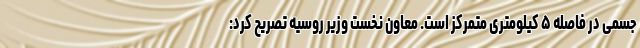
جسمی در فاصله ۵ کیلومتری متمرکز است. معاون نخست وزیر روسیه تصریح کرد: